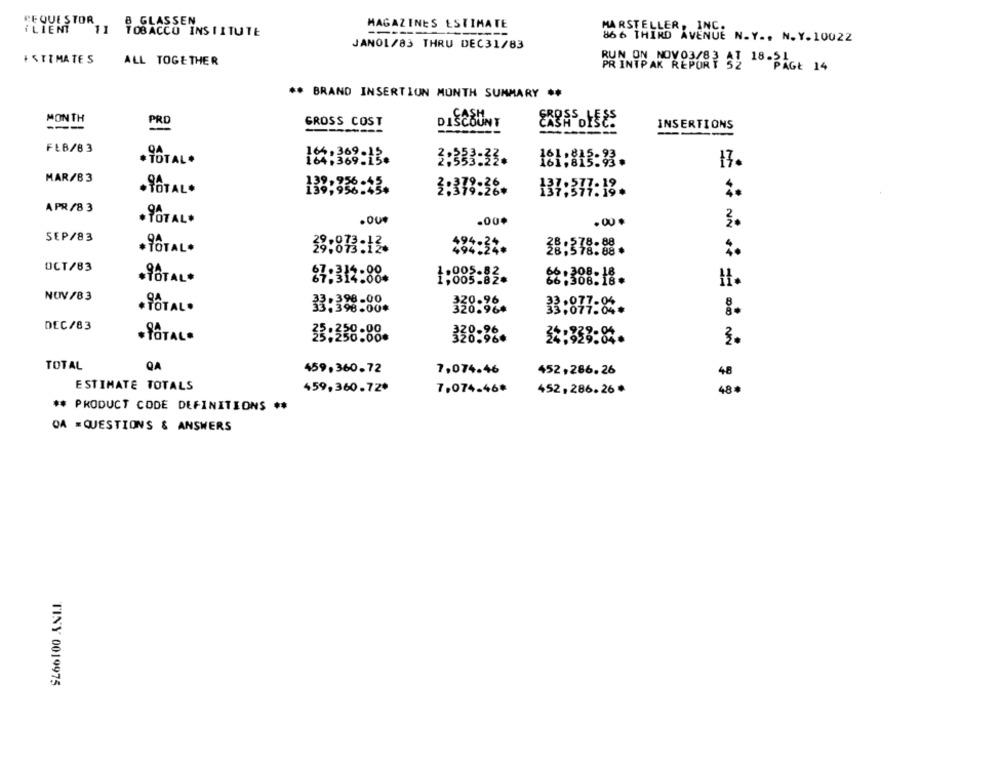
REQUESTOR
GLASSEN
ILIENT
11 TOBACCO INSTITUTE
MAGAZINES ESTIMATE
MARSTELLER, INC.
866 THIRD AVENUE N.Y ., N. Y. 10022
JANO1/83 THRU DEC31/83
ESTIMATES
ALL TOGETHER
PRINTPAK REPORT S2 18-54
** BRAND INSERTION MONTH SUMMARY **
MONTH
GROSS COST
DISCOUNT
---
INSERTIONS
FEB/83
* TOTAL .
2:333:33.
181:813:33.
17.
MAR/83
. TOTAL.
139,958:43.
7:379:26#
APR/83
· TOTAL*
. 00
.00+
.90 .
3.
SEP/83
· TOTAL.
39:813:12.
494:52
38:378:88.
OCT/83
·TOTAL*
$7:312:88.
,005.82
I.
NOV/83
33:388-80.
. TOTAL.
33:877:84.
DEC/83
· TOTAL-
33:338:88.
328:38.
31:328:84.
3.
TOTAL
QA
459,360.72
7,074.46
452,286.26
48
ESTIMATE TOTALS
459,360.72*
7,074.46*
452,286.26*
48ª
** PRODUCT CODE DEFINITIONS **
OA = QUESTIONS & ANSWERS
TINY 0019975